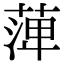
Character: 𦴝